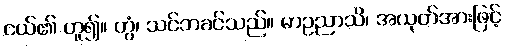
ငယ်၏ ဟူ၍။ တွံ၊ သင်ဘခင်သည်။ မာဥညာသိ၊ အယုတ်အားဖြင့်